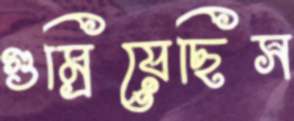
গুম্‌রিয়েছিস